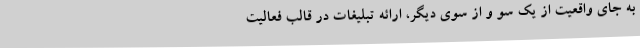
به جای واقعیت از یک سو و از سوی دیگر، ارائه تبلیغات در قالب فعالیت